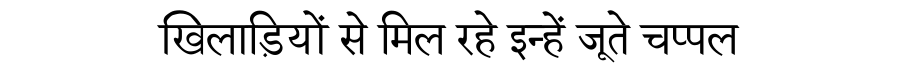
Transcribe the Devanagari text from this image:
खिलाड़ियों से मिल रहे इन्हें जूते चप्पल